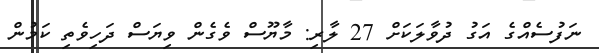
ނަފުސެއްގެ އަގު ދުވާލަކަށް 27 ލާރި: މާޔޫސް ވެގެން ވިޔަސް ދަހިވެތި ކަމުން